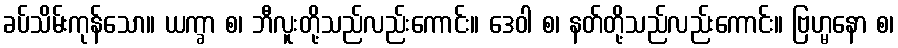
ခပ်သိမ်းကုန်သော။ ယက္ခာ စ၊ ဘီလူးတို့သည်လည်းကောင်း။ ဒေဝါ စ၊ နတ်တို့သည်လည်းကောင်း။ ဗြဟ္မနော စ၊